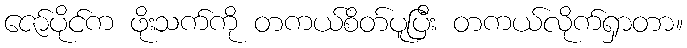
ဇော်ပိုင်က ဖိုးသက်ကို တကယ်စိတ်ပူပြီး တကယ်လိုက်ရှာတာ။